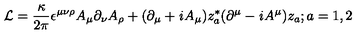
{ \cal L } = \frac { \kappa } { 2 \pi } \epsilon ^ { \mu \nu \rho } A _ { \mu } \partial _ { \nu } A _ { \rho } + ( \partial _ { \mu } + { \it i } A _ { \mu } ) z _ { a } ^ { * } ( \partial ^ { \mu } - { \it i } A ^ { \mu } ) z _ { a } ; a = 1 , 2